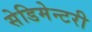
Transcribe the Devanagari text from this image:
सेडिमेन्टरी